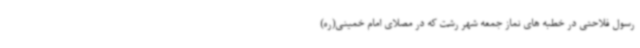
رسول فلاحتی در خطبه های نماز جمعه شهر رشت که در مصلای امام خمینی(ره)